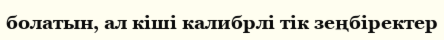
болатын, ал кіші калибрлі тік зеңбіректер